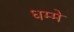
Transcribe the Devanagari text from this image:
धम्मे